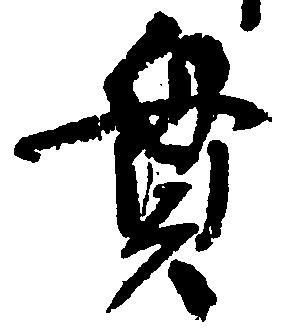
貫